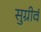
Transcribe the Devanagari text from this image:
सुग्रीवं